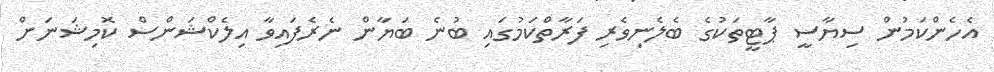
އެހެންކަމުން ސިޔާސީ ޕާޓީތަކުގެ ބެލެނިވެރި ފަރާތްކަމުގައި ބުނެ ބަޔާން ނެރެފައިވާ އިލެކްޝަންސް ކޮމިޝަނަށް